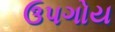
ઉપગોય